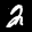
Label: 2